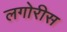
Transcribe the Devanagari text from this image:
लगोरीस